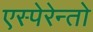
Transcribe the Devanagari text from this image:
एस्पेरेन्तो